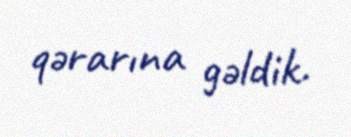
qərarına gəldik.